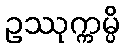
ဥဿုက္ကမ္ပိ